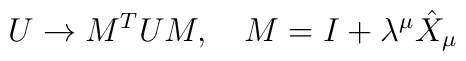
U\rightarrow M^T U M,\quad M=I+\lambda^{\mu} \hat{X}_{\mu}